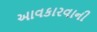
આવકારવાની